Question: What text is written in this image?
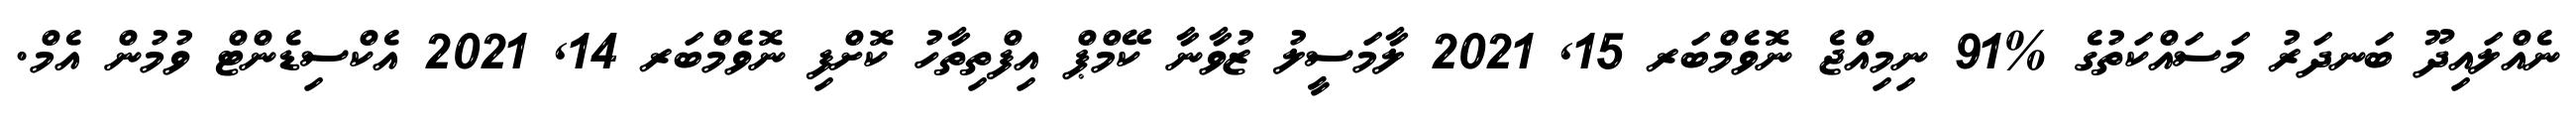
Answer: ނެއްލައިދޫ ބަނދަރު މަސައްކަތުގެ %91 ނިމިއްޖެ ނޮވެމްބަރ 15, 2021 ލާމަސީލު ޒުވާނާ ކޭމްޕް އިފްތިތާހު ކޮށްފި ނޮވެމްބަރ 14, 2021 އެކްސިޑެންޓް ވުމުން އެމް.